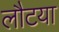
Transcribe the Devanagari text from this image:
लौटया